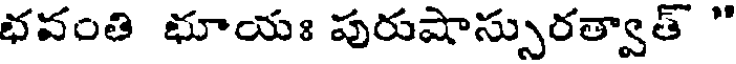
భవంతి భూయః పురుషాస్సురత్వాత్ "